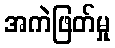
အကဲဖြတ်မှု